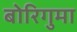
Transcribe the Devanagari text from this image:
बोरिगुमा